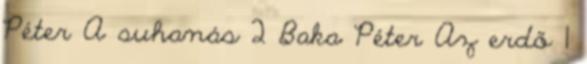
Péter A suhanás 2 Baka Péter Az erdő 1